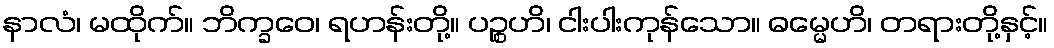
နာလံ၊ မထိုက်။ ဘိက္ခဝေ၊ ရဟန်းတို့။ ပဉ္စဟိ၊ ငါးပါးကုန်သော။ ဓမ္မေဟိ၊ တရားတို့နှင့်။